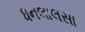
ધનલાલસા